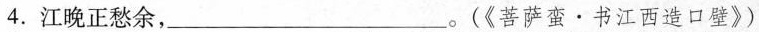
4.江晚正愁余，___。(《菩萨蛮·书江西造口壁》)